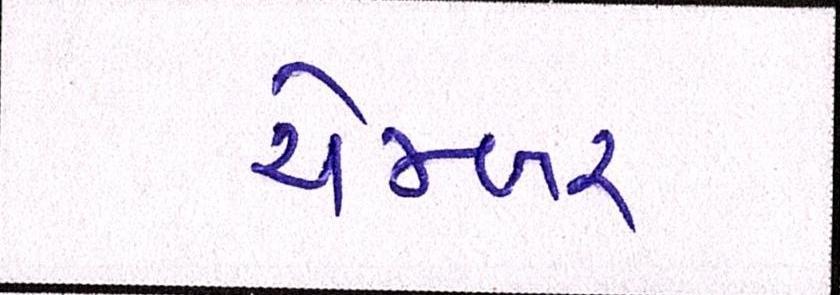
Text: ચેમ્બર